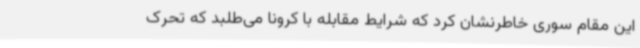
این مقام سوری خاطرنشان کرد که شرایط مقابله با کرونا می‌طلبد که تحرک